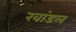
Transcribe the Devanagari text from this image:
खांडल